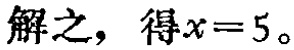
解之，得\(x = 5\)。